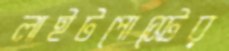
লাইটপোস্টের